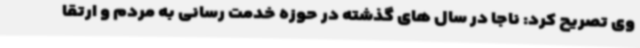
وی تصریح کرد: ناجا در سال های گذشته در حوزه خدمت رسانی به مردم و ارتقا